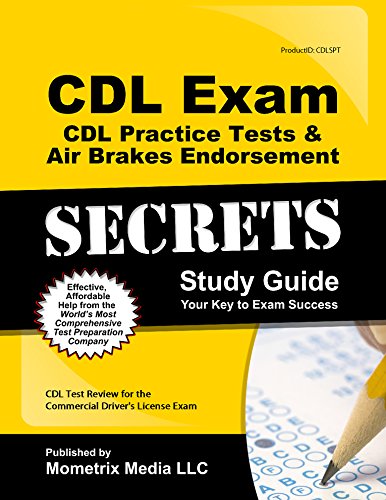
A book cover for CDL Exam Secrets - CDL Practice Tests & Air Brakes Endorsement Study Guide: CDL Test Review for the Commercial Driver's License Exam; CDL Exam Secrets Test Prep Team; Test Preparation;